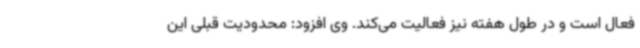
فعال است و در طول هفته نیز فعالیت می‌کند. وی افزود: محدودیت قبلی این